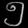
Digit: ၅